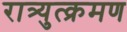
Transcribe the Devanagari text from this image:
रात्र्युत्क्रमण